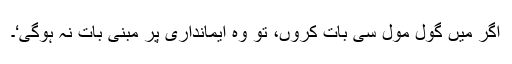
اگر میں گول مول سی بات کروں، تو وہ ایمانداری پر مبنی بات نہ ہوگی‘۔